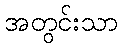
အတွင်းသာ